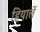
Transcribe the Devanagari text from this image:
हियार्ले